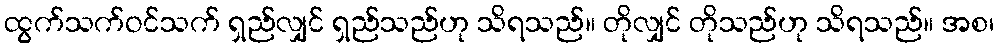
ထွက်သက်ဝင်သက် ရှည်လျှင် ရှည်သည်ဟု သိရသည်။ တိုလျှင် တိုသည်ဟု သိရသည်။ အစ၊